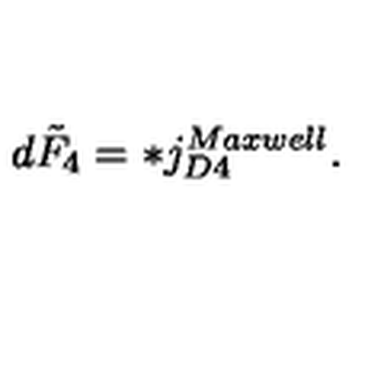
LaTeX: d \tilde { F } _ { 4 } = * j _ { D 4 } ^ { M a x w e l l } .